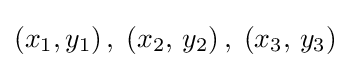
\left(x_{1},y_{1}\right),\;\left(x_{2},\,y_{2}\right),\;\left(x_{3},\,y_{3}\right)